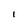
Character: I